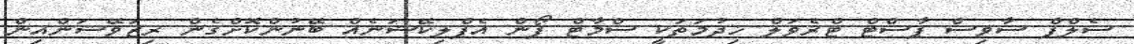
ސެލްފް ސާވިސް ޕާސްޓް ޓްރެވަލް ޚިދުމަތަކީ ސްމާޓް ފޯން އެޕްލިކޭޝަނެއް ބޭނުންކޮށްގެން ރިޒަވޭޝަންއިން